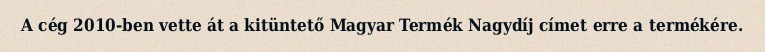
A cég 2010-ben vette át a kitüntető Magyar Termék Nagydíj címet erre a termékére.